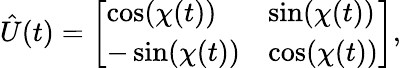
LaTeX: \hat{U}(t)=\left[\begin{array}{ll}{\cos(\chi(t))}&{\sin(\chi(t))}\\ {-\sin(\chi(t))}&{\cos(\chi(t))}\end{array}\right],